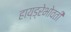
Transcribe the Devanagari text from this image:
हाय्ड्रेभोवती